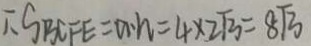
\therefore S _ { B C F E } = a . h = 4 \times 2 \sqrt { 3 } = 8 \sqrt { 3 }